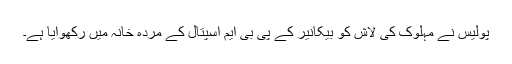
پولیس نے مہلوک کی لاش کو بیکانیر کے پی بی ایم اسپتال کے مردہ خانہ میں رکھوایا ہے۔